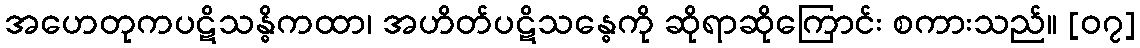
အဟေတုကပဋိသန္ဓိကထာ၊ အဟိတ်ပဋိသန္ဓေကို ဆိုရာဆိုကြောင်း စကားသည်။ [၀၇]